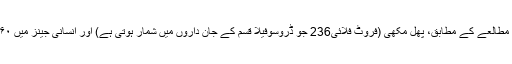
دوسری جانب ایک اور سائنسی مطالعے کے مطابق، پھل مکھی (فروٹ فلائی236 جو ڈروسوفیلا قسم کے جان داروں میں شمار ہوتی ہے) اور انسانی جینز میں ۶۰ فی صد مماثلت پائی جاتی ہے۔